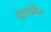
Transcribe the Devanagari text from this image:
सुकिन